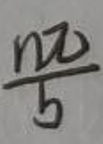
$\frac{n\pi}{5}$